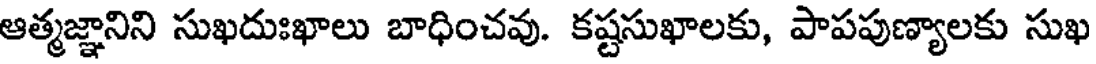
ఆత్మజ్ఞానిని సుఖదుఃఖాలు బాధించవు. కష్టసుఖాలకు, పాపపుణ్యాలకు సుఖ